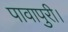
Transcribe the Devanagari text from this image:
पावापुरी।